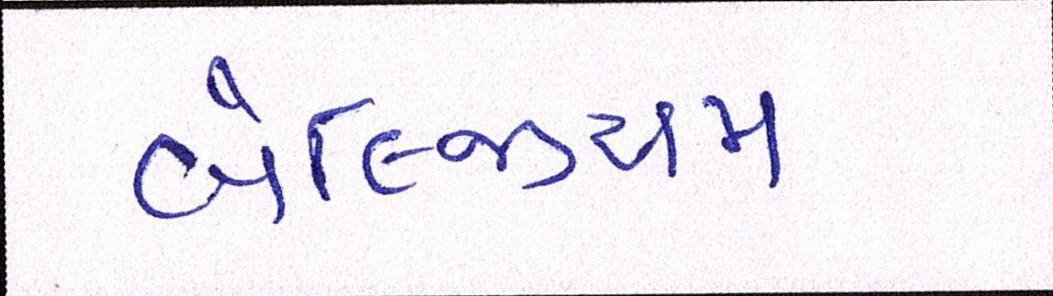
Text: બેલ્જિયમ